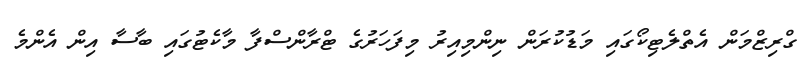
ގްރިޒްމަން އެތްލެޓިކޯގައި މަޑުކުރަން ނިންމިއިރު މިފަހަރުގެ ޓްރާންސްފާ މާކެޓުގައި ބާސާ އިން އެންމެ